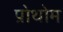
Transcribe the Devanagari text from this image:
प्रोथोम